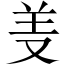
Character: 𱻊